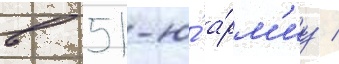
в 51-ю́ а́рм'иу /